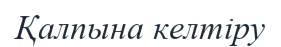
Қалпына келтіру